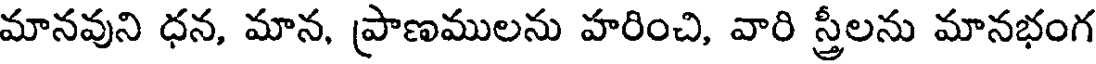
మానవుని ధన, మాన, ప్రాణములను హరించి, వారి స్త్రీలను మానభంగ